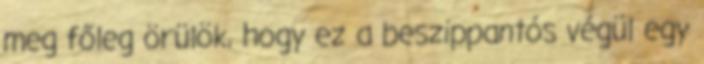
meg főleg örülök, hogy ez a beszippantós végül egy